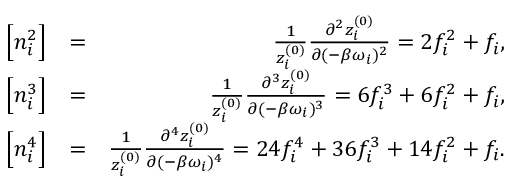
\begin{array} { r l r } { \Big [ n _ { i } ^ { 2 } \Big ] } & { = } & { \frac { 1 } { z _ { i } ^ { ( 0 ) } } \frac { \partial ^ { 2 } z _ { i } ^ { ( 0 ) } } { \partial ( - \beta \omega _ { i } ) ^ { 2 } } = 2 f _ { i } ^ { 2 } + f _ { i } , } \\ { \Big [ { n _ { i } ^ { 3 } } \Big ] } & { = } & { \frac { 1 } { z _ { i } ^ { ( 0 ) } } \frac { \partial ^ { 3 } z _ { i } ^ { ( 0 ) } } { \partial ( - \beta \omega _ { i } ) ^ { 3 } } = 6 f _ { i } ^ { 3 } + 6 f _ { i } ^ { 2 } + f _ { i } , } \\ { \Big [ { n _ { i } ^ { 4 } } \Big ] } & { = } & { \frac { 1 } { z _ { i } ^ { ( 0 ) } } \frac { \partial ^ { 4 } z _ { i } ^ { ( 0 ) } } { \partial ( - \beta \omega _ { i } ) ^ { 4 } } = 2 4 f _ { i } ^ { 4 } + 3 6 f _ { i } ^ { 3 } + 1 4 f _ { i } ^ { 2 } + f _ { i } . } \end{array}